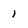
Character: 1